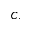
C .